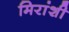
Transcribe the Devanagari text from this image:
मिरांशी